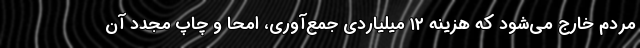
مردم خارج می‌شود که هزینه ۱۲ میلیاردی جمع‌آوری، امحا و چاپ مجدد آن